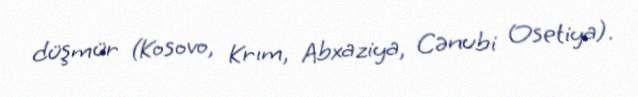
düşmür (Kosovo, Krım, Abxaziya, Cənubi Osetiya).